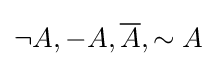
\neg A,-A,{\overline {A}},\sim A